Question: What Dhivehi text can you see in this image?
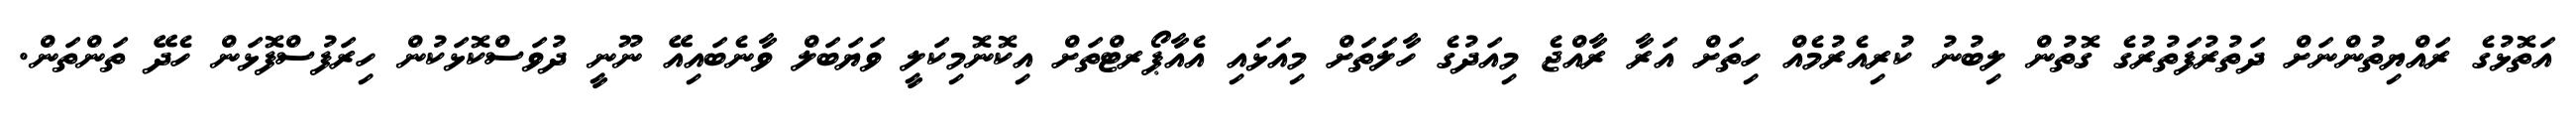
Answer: އަތޮޅުގެ ރައްޔިތުންނަށް ދަތުރުފަތުރުގެ ގޮތުން ލިބުނު ކުރިއެރުމެއް ހިތަށް އަރާ ރާއްޖެ މިއަދުގެ ހާލަތަށް މިއަޅައި އެއާޕޯރޓްތަށް އިކޮނޮމިކަލީ ވަޔަބަލް ވާނެބައިއޭ ނޫނީ ދުވަސްކޮޅަކުން ހިރަފުސްފޮޅަން ހެދޭ ތަންތަން.